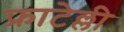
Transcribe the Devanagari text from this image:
फ्राटेल्ली